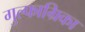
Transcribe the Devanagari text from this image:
गुल्फाग्रिका